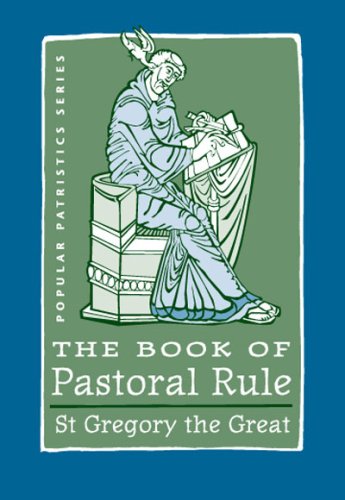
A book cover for The Book of Pastoral Rule: St. Gregory the Great (Popular Patristics Series); St Gregory the Great; Christian Books & Bibles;